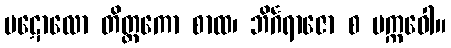
ပဋောလော တိတ္တကော စာထ၊ ဘိင်္ဂရာဇော စ မက္ကဝေါ။